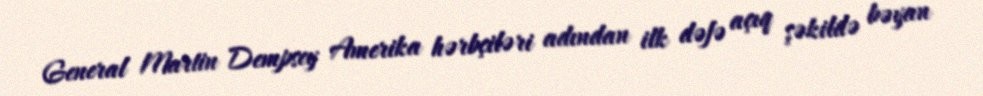
General Martin Dempsey Amerika hərbçiləri adından ilk dəfə açıq şəkildə bəyan